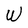
Character: W